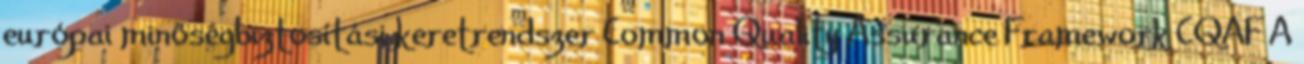
európai minőségbiztosítási keretrendszer Common Quality Assurance Framework CQAF A